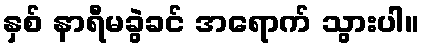
နှစ် နာရီမခွဲခင် အရောက် သွားပါ။